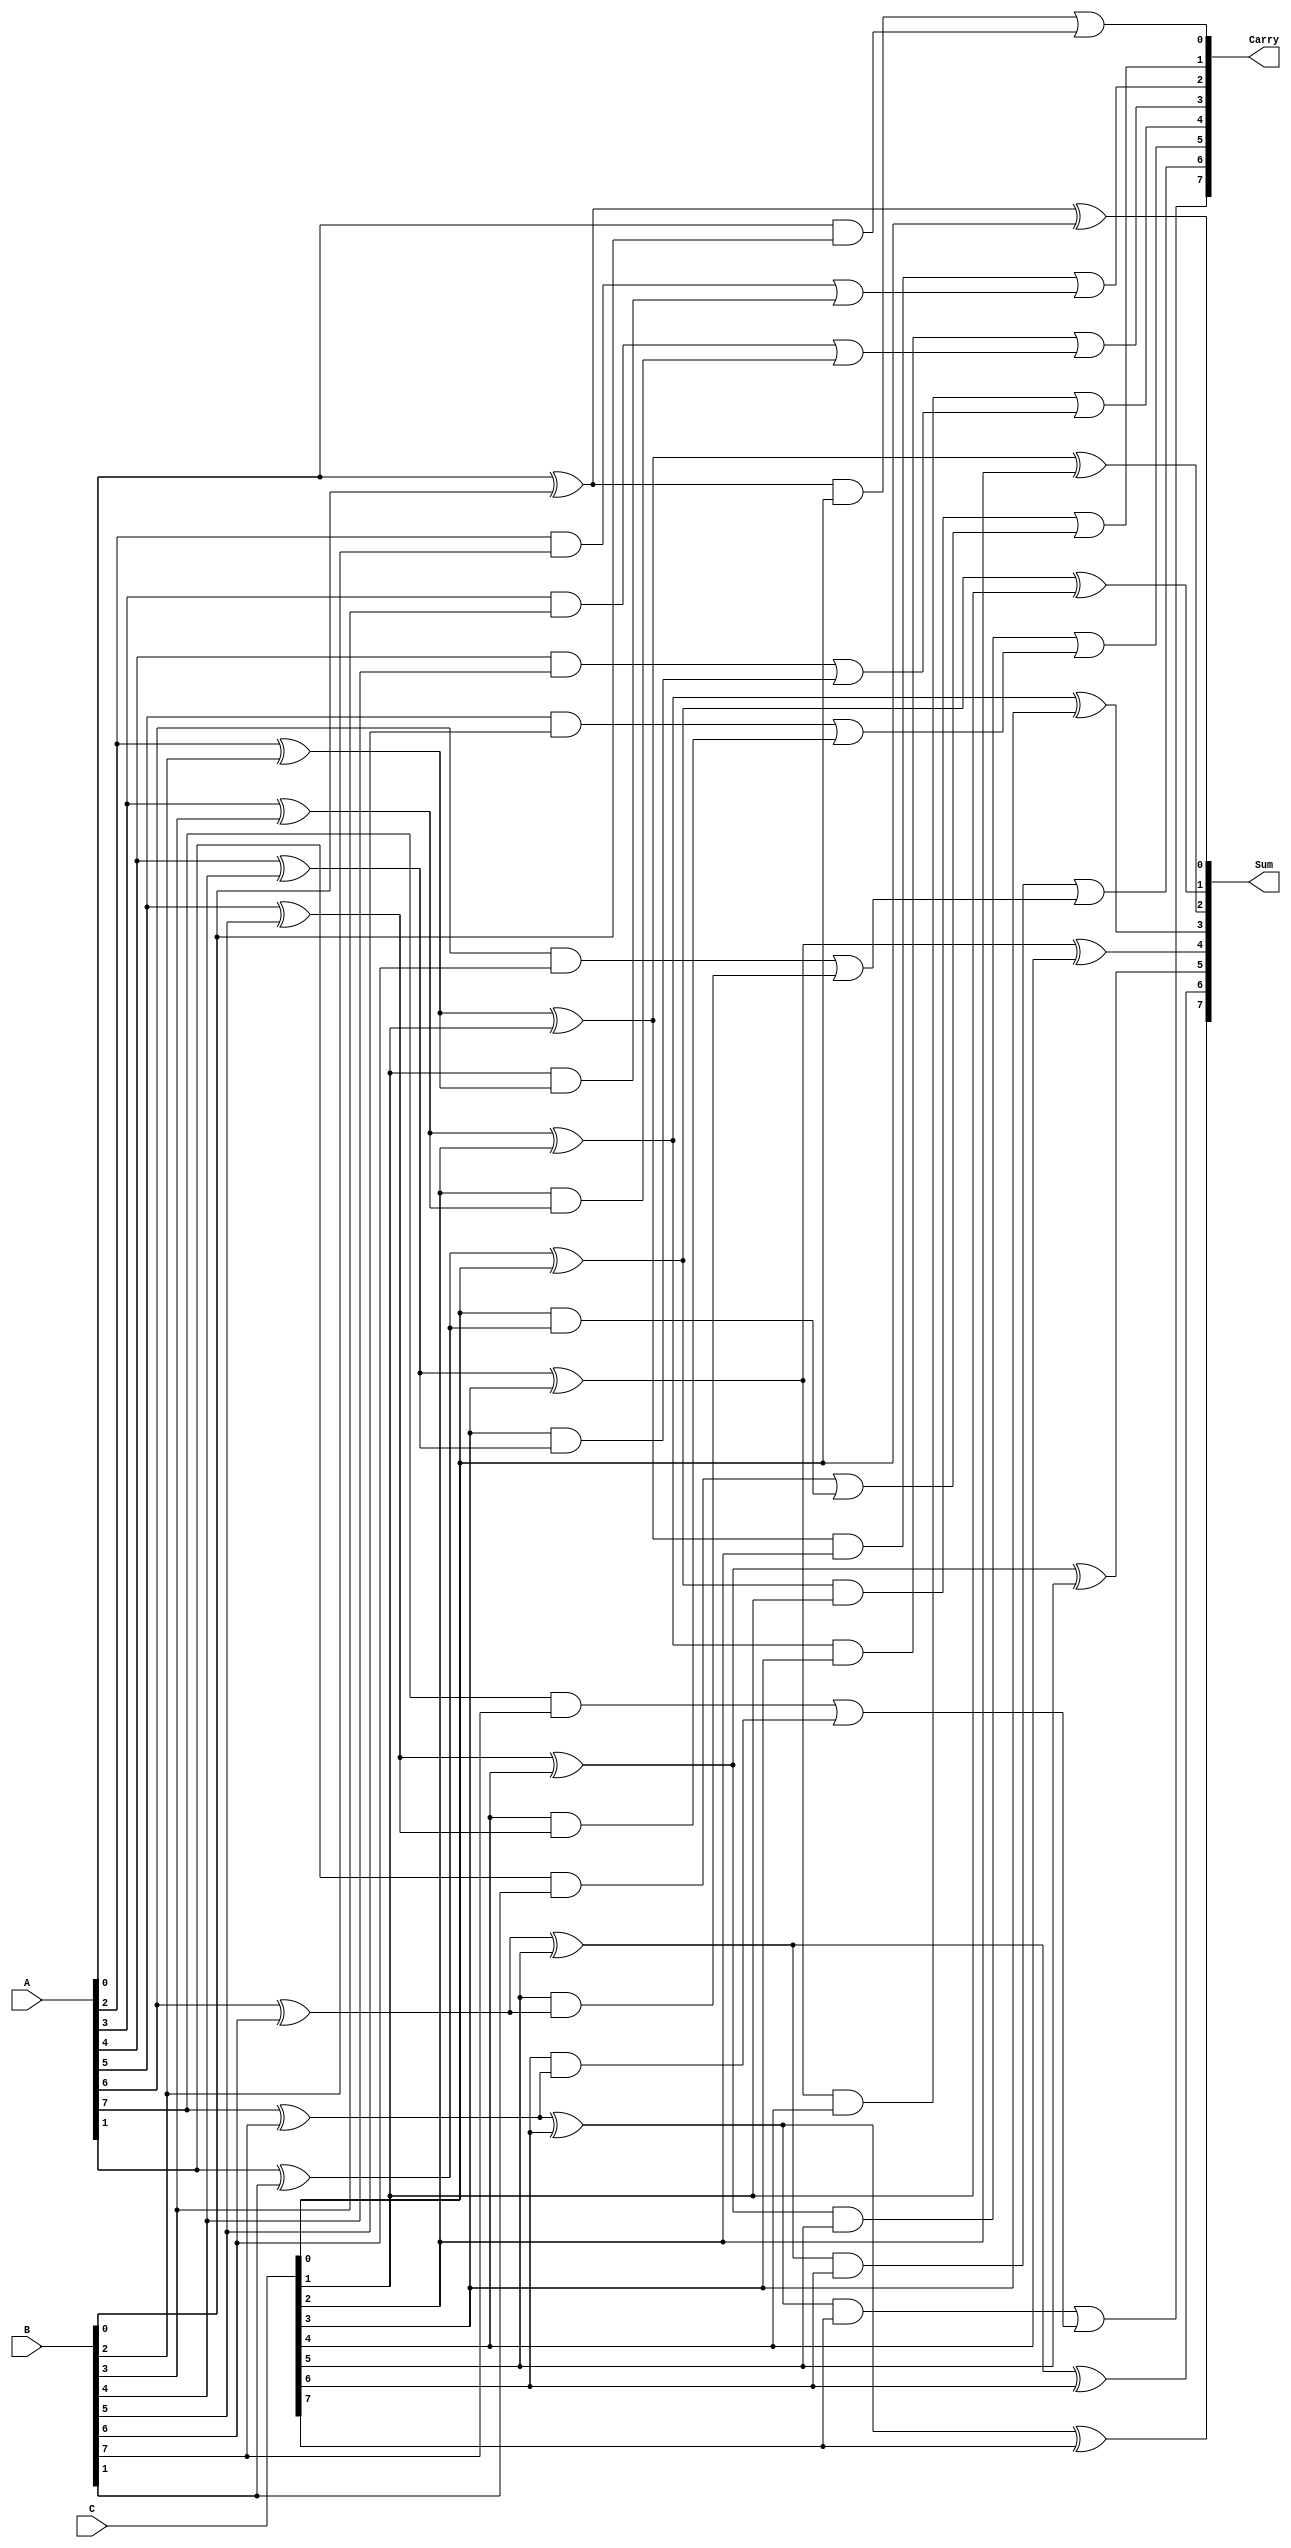
module MCSA #(parameter n = 8) (
    input  [n-1:0] A,    // First operand
    input  [n-1:0] B,    // Second operand
    input  [n-1:0] C,    // Third operand
    output [n-1:0] Sum,   // Final sum output
    output [n-1:0] Carry  // Final carry output
);

// Internal wires for partial sums and carries
wire [n-1:0] S1, S2, C1, C2;

// Partial sum and carry generation using basic adders
genvar i;
generate
    for(i = 0; i < n; i = i + 1) begin : adder
        if (i == 0) begin
            // First column of addition (from A and B)
            assign S1[i] = A[i] ^ B[i];
            assign C1[i] = A[i] & B[i];
        end else begin
            // Following columns add previous sums and carry
            assign S1[i] = A[i] ^ B[i] ^ C[i-1];
            assign C1[i] = (A[i] & B[i]) | (C[i-1] & (A[i] ^ B[i]));
        end
        
        // Second stage of addition (add C)
        assign S2[i] = S1[i] ^ C[i];
        assign C2[i] = (S1[i] & C[i]) | C1[i];
    end
endgenerate

// Final sums and carries
assign Sum = S2;   // Final sum output
assign Carry = C2; // Final carry output

endmodule